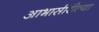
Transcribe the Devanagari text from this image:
आभासीरीत्या